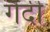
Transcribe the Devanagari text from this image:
गैंदी